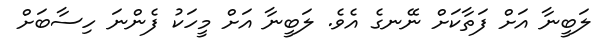
ލަބީނާ އަށް ފަތާކަށް ނޭނގެ އެވެ. ލަބީނާ އަށް މީހަކު ފެންނަ ހިސާބަށް